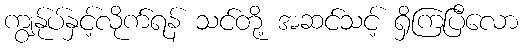
ကျွန်ုပ်နှင့်လိုက်ရန် သင်တို့ အဆင်သင့် ရှိကြပြီလော